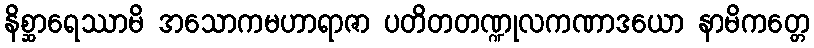
နိစ္ဆာရေဿာမိ အသောကမဟာရာဇာ ပတိတတဏ္ဍုလကဏာဒယော နာမိကတ္တေ